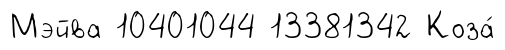
Мэйва 10401044 13381342 Коза́